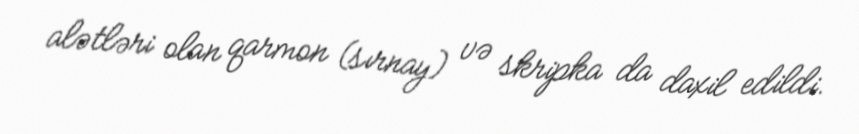
alətləri olan qarmon (sırnay) və skripka da daxil edildi.